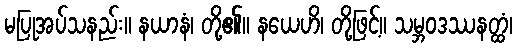
မပြုအပ်သနည်း။ နယာနံ၊ တို့၏။ နယေဟိ၊ တို့ဖြင့်။ သမ္ဘဝဒဿနတ္ထံ၊